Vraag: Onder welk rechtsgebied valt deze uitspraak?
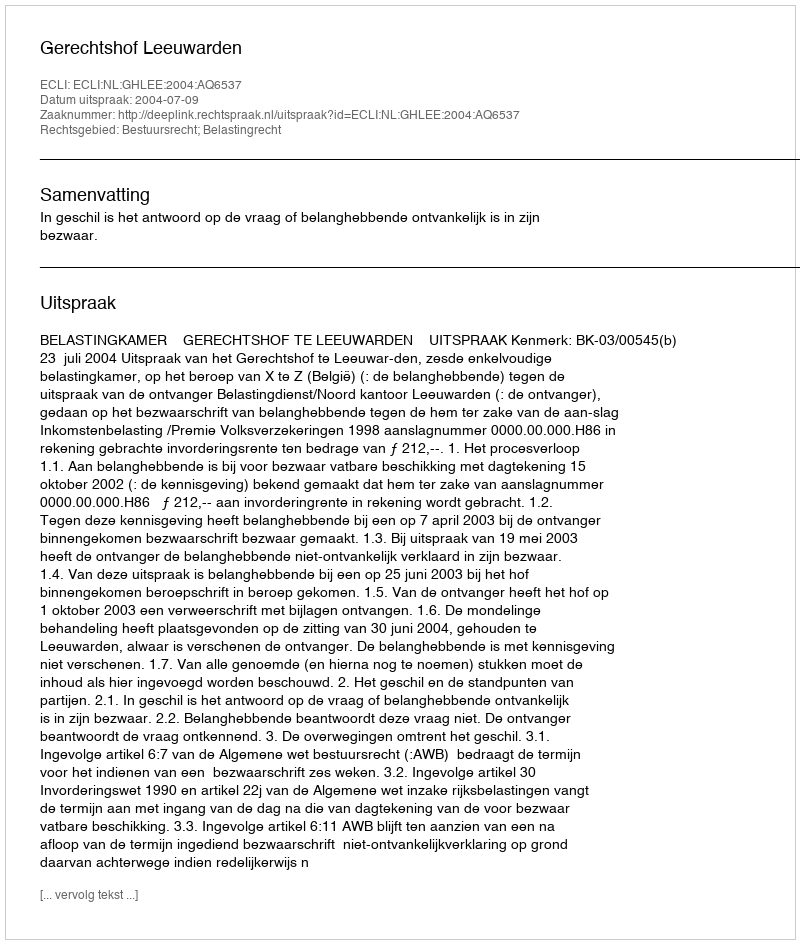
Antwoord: Bestuursrecht; Belastingrecht